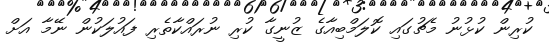
ކުރިން ކުޅުނު މެޗުގައި ކޮލަމްބިއާގެ ޒުނީގާ ކުރި ނުރައްކާތެރި ފައުލަކުން ނޭމާ އަށް